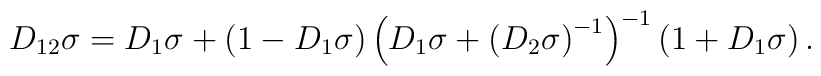
D_{12}\sigma=D_{1}\sigma+\left( 1-D_{1}\sigma\right) \left(D_{1}\sigma+\left( D_{2}\sigma\right) ^{-1}\right) ^{-1}\left(1+D_{1}\sigma\right) .